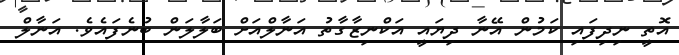
އޮތީ ނިދިފައި ކަމުން އޭނާ ދިޔައީ އަކްނިޒާގާތު އަނާލްއަށް ބަލާލަން ބުނެފައެވެ. އަނާލް